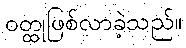
ဝတ္ထုဖြစ်လာခဲ့သည်။